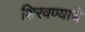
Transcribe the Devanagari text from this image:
शिरवण्याचे